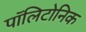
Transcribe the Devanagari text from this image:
पॉलिटोनिक